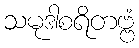
သမုဒါစရိတဗ္ဗံ